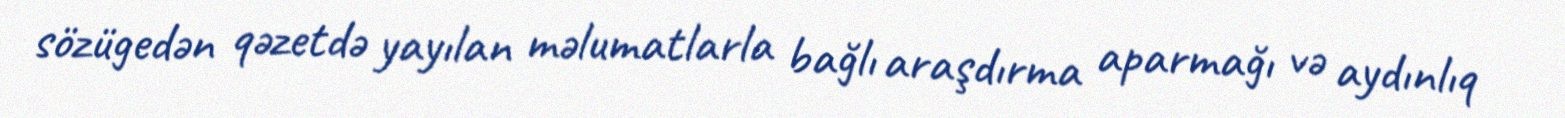
sözügedən qəzetdə yayılan məlumatlarla bağlı araşdırma aparmağı və aydınlıq